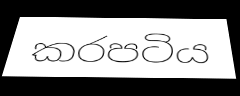
කරපටිය